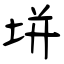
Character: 垪